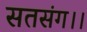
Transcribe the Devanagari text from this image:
सतसंग।।